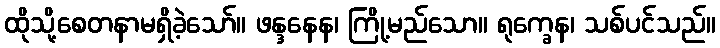
ထိုသို့စေတနာမရှိခဲ့သော်။ ဖန္ဒနေန၊ ကြို့မည်သော။ ရုက္ခေန၊ သစ်ပင်သည်။